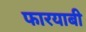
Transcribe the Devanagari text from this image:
फारयाबी